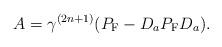
LaTeX: \begin{align*}A=\gamma^{(2n+1)}(P_{\rm F}-D_aP_{\rm F}D_a). \end{align*}